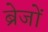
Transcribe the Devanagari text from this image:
ब्रेजों